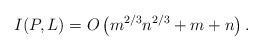
\begin{align*} I(P,L) = O\left(m^{2/3}n^{2/3} + m + n \right) .\end{align*}